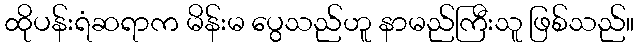
ထိုပန်းရံဆရာက မိန်းမ ပွေသည်ဟူ နာမည်ကြီးသူ ဖြစ်သည်။